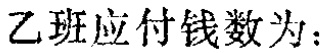
乙班应付钱数为：